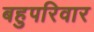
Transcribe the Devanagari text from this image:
बहुपरिवार